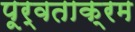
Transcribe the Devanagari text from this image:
पूर्वताक्रम